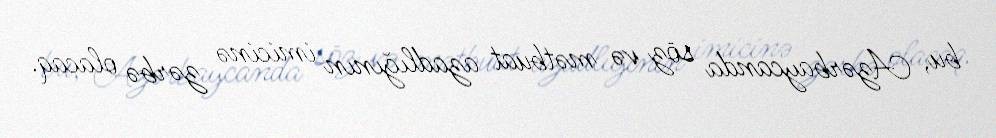
bu, Azərbaycanda söz və mətbuat azadlığının imicinə zərbə olacaq.